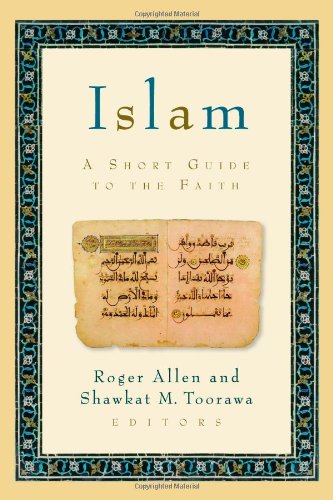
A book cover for Islam: A Short Guide to the Faith; Religion & Spirituality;